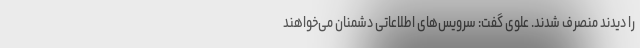
را دیدند منصرف شدند. علوی گفت: سرویس‌های اطلاعاتی دشمنان می‌خواهند